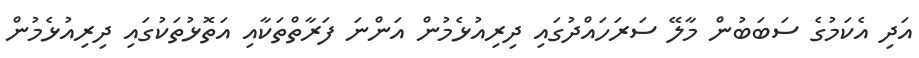
އަދި އެކަމުގެ ސަބަބުން މާލޭ ސަރަހައްދުގައި ދިރިއުޅެމުން އަންނަ ފަރާތްތަކާއި އަތޮޅުތަކުގައި ދިރިއުޅެމުން